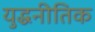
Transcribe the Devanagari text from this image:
युद्धनीतिक